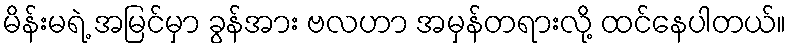
မိန်းမရဲ့ အမြင်မှာ ခွန်အား ဗလဟာ အမှန်တရားလို့ ထင်နေပါတယ်။